Eesti_Vabariigi_Tartu_Ulikool, lk 4
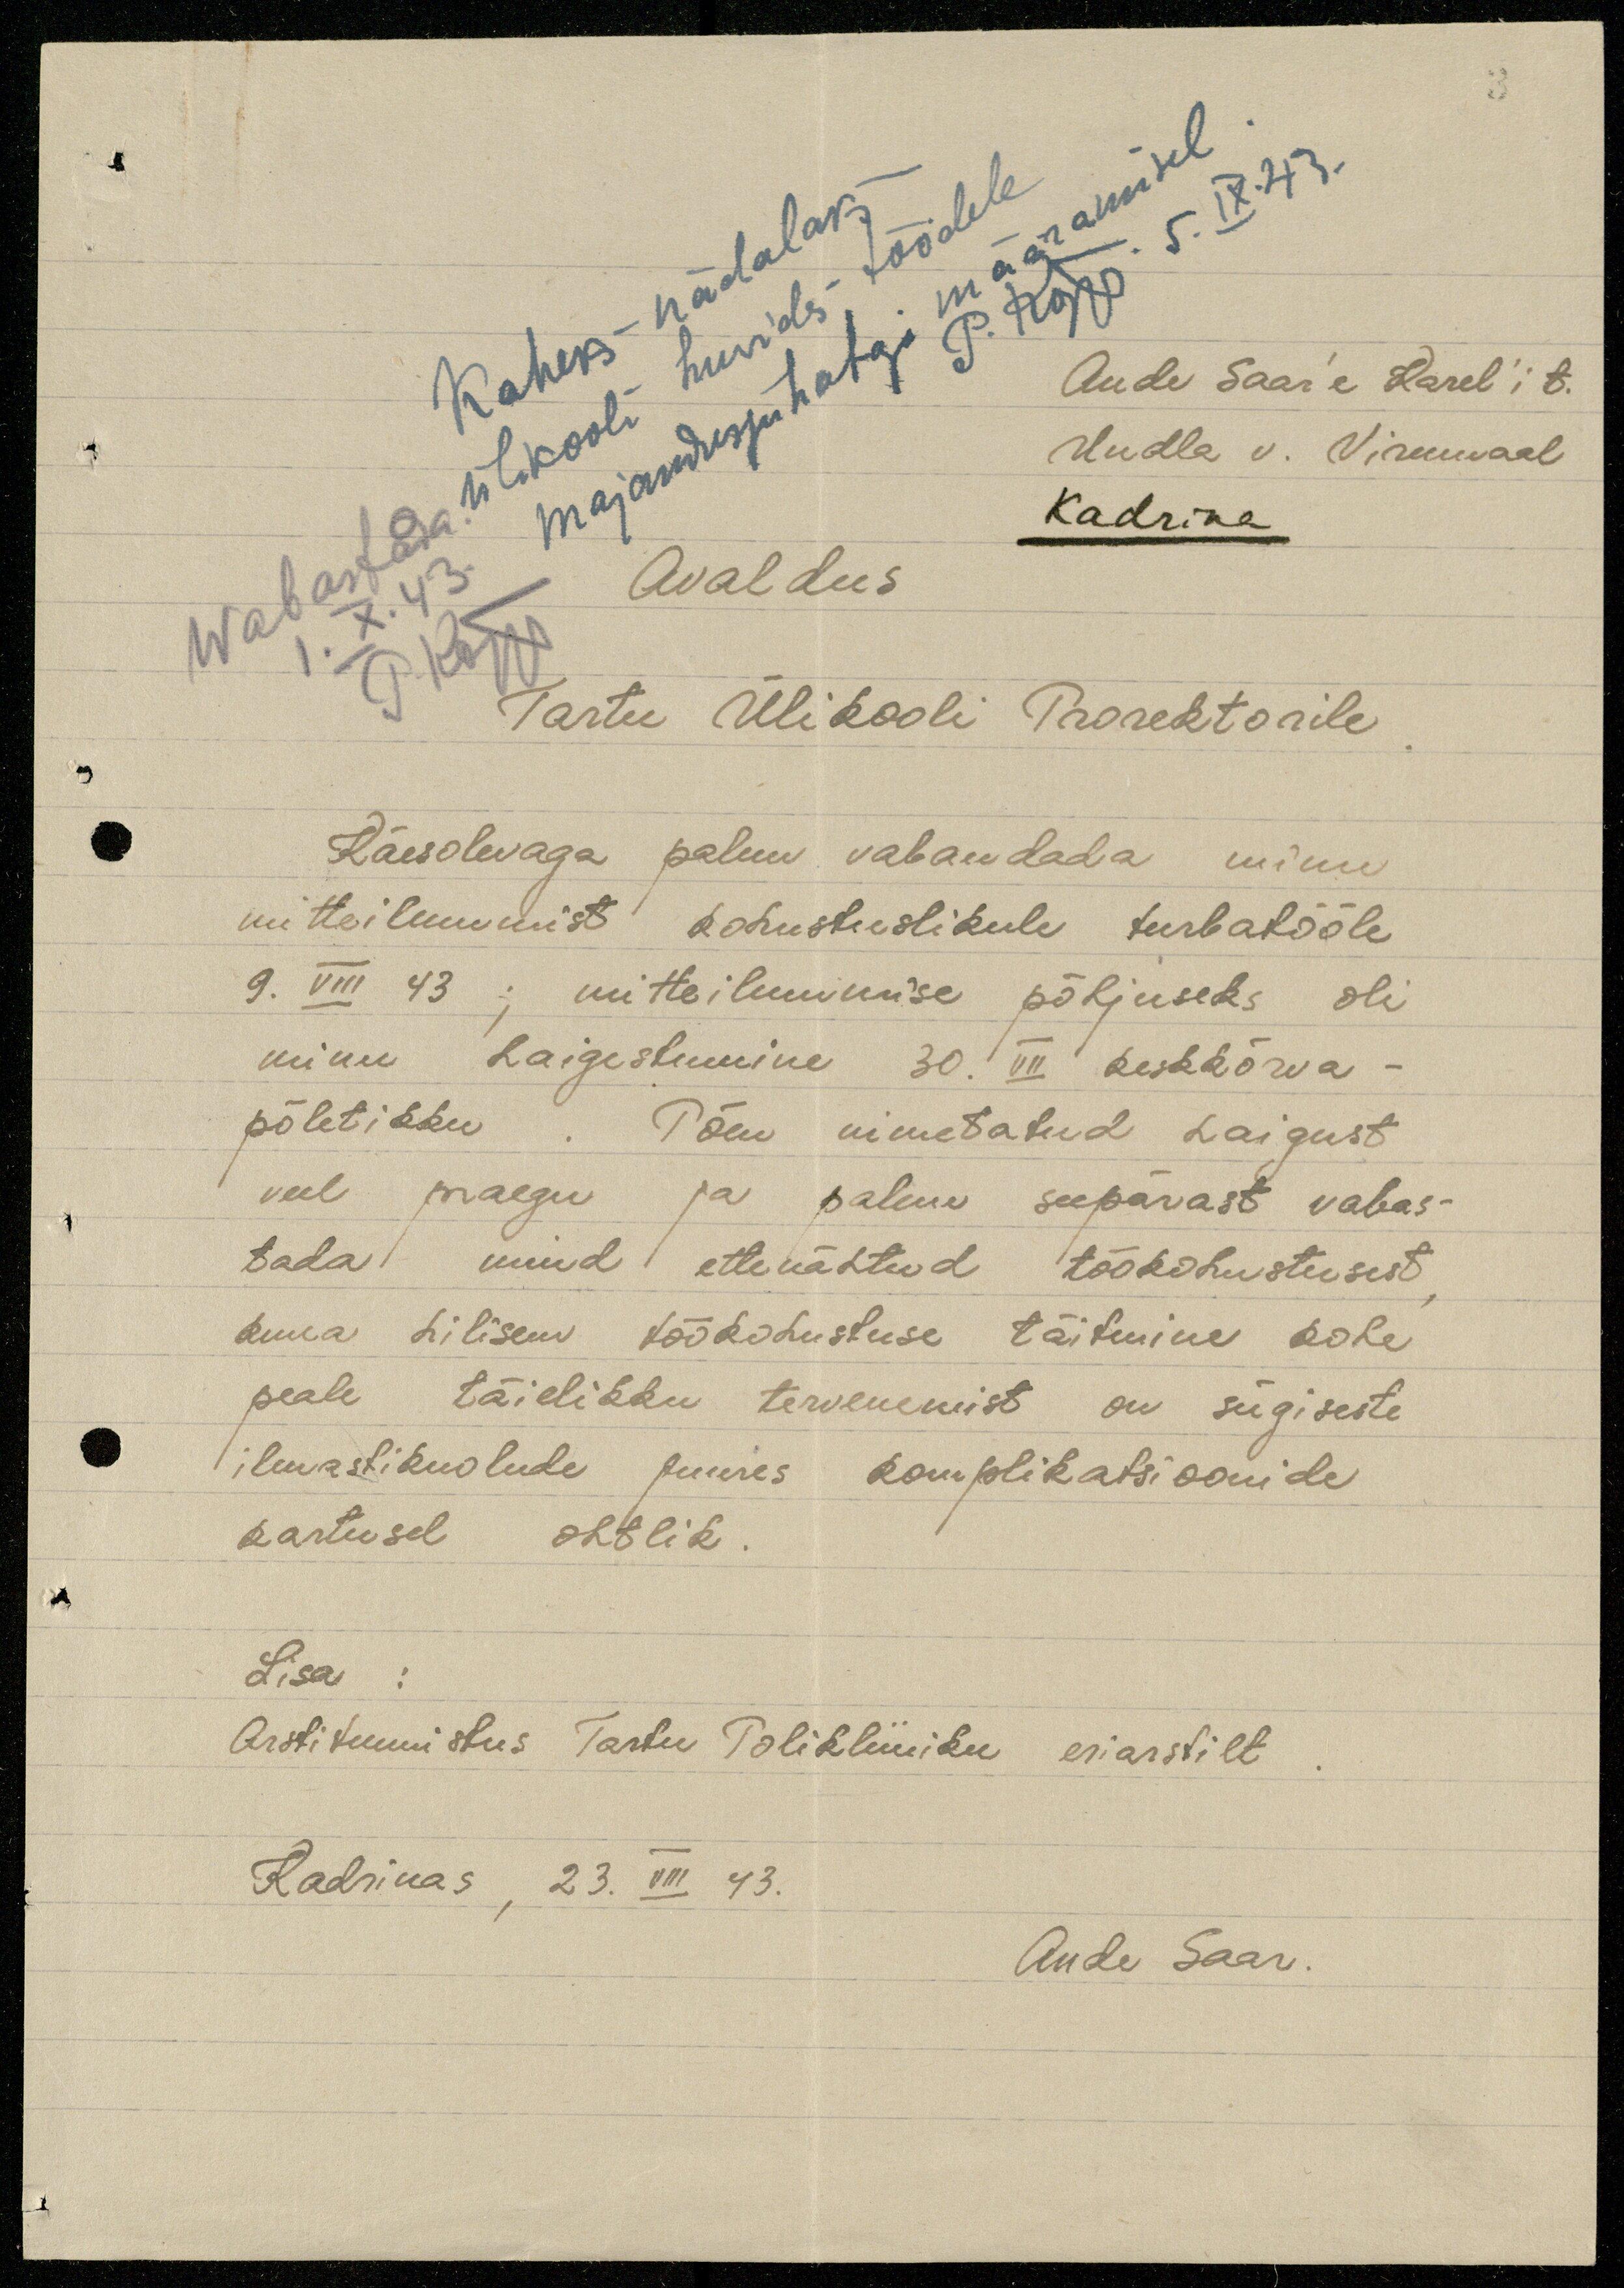
3
P. Kõpp. 5.IX.43.
Kaheks nädalaks
Ande Saar'e Karel'i t.
1. X.43. Majandusjuhataja määramisel
Undla v. Virumaal
Wabastada. ülikooli huvides töödele
Kadrina
P. Kõpp
Avaldus
Tartu Ülikooli Prorektorile
Käesolevaga palun vabandada minu
mitteilmumist kohustuslikule turbatööle
9. VIII 43 ; mitteilmumise põhjuseks oli
minu haigestumine 30. VII keskkõrva-
põletikku . Põen nimetatud haigust
veel praegu ja palun seepärast vabas-
tada mind ettenähtud töökohustusest
kuna hilisem töökohustuse täitmine kohe
peale täielikku tervenemist on sügiseste
ilmastikuolude juures komplikatsioonide
kartusel ohtlik.
Lisa :
Arstitunnistus Tartu Polikliiniku eriarstilt
Kadrinas, 23. VIII 43.
Ande Saar.